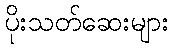
ပိုးသတ်ဆေးများ